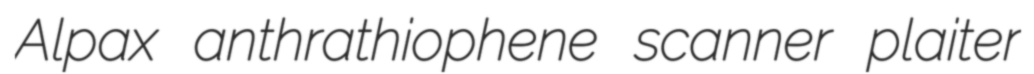
Alpax anthrathiophene scanner plaiter